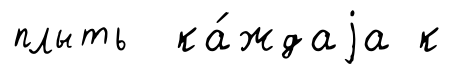
плыть ка́ждаjа к